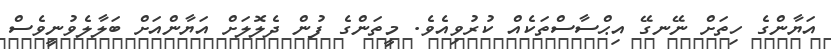
އަޔާންގެ ހިތަށް ނޭނގޭ އިޙްސާސްތަކެއް ކުރުވިއެވެ. މީތަންގެ ފުން ދެލޮލަށް އަޔާންއަށް ބަލާލެވުނީވެސް